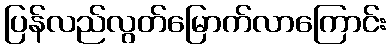
ပြန်လည်လွတ်မြောက်လာကြောင်း